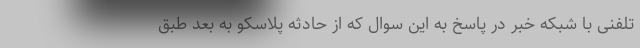
تلفنی با شبکه خبر در پاسخ به این سوال که از حادثه پلاسکو به بعد طبق